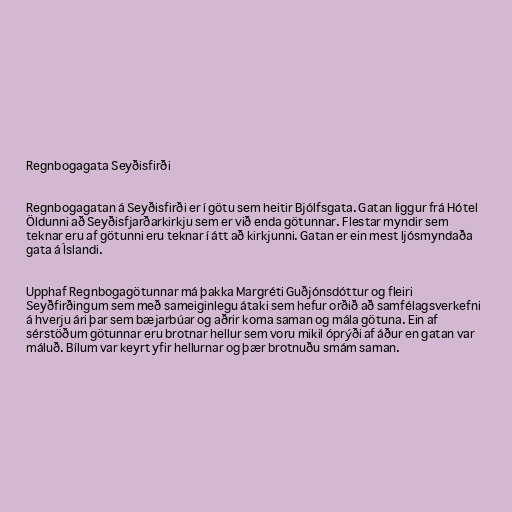
Regnbogagata Seyðisfirði

Regnbogagatan á Seyðisfirði er í götu sem heitir Bjólfsgata. Gatan liggur frá Hótel
Öldunni að Seyðisfjarðarkirkju sem er við enda götunnar. Flestar myndir sem
teknar eru af götunni eru teknar í átt að kirkjunni. Gatan er ein mest ljósmyndaða
gata á Íslandi.

Upphaf Regnbogagötunnar má þakka Margréti Guðjónsdóttur og fleiri
Seyðfirðingum sem með sameiginlegu átaki sem hefur orðið að samfélagsverkefni
á hverju ári þar sem bæjarbúar og aðrir koma saman og mála götuna. Ein af
sérstöðum götunnar eru brotnar hellur sem voru mikil óprýði af áður en gatan var
máluð. Bílum var keyrt yfir hellurnar og þær brotnuðu smám saman.